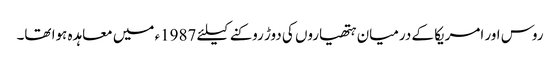
روس اور امریکا کے درمیان ہتھیاروں کی دوڑ روکنے کیلئے 1987ء میں معاہدہ ہوا تھا۔